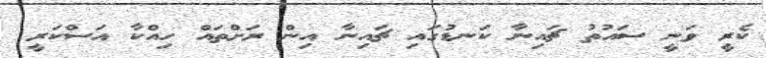
ކެރީ ވަނީ ސައުތު ޗައިނާ ކަނޑުގައި ޗައިނާ އިން ރަށްތައް ހިއްކާ އަސްކަރީ